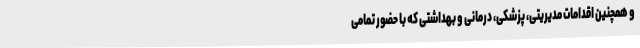
و همچنین اقدامات مدیریتی، پزشکی، درمانی و بهداشتی که با حضور تمامی